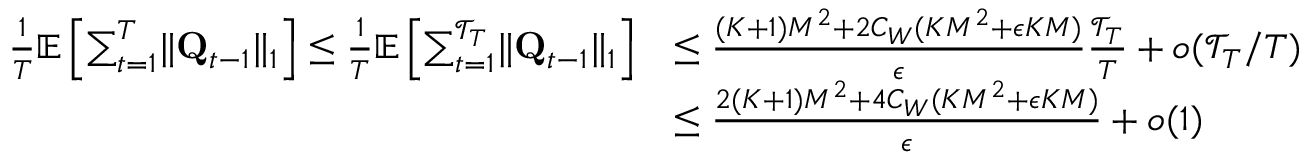
\begin{array} { r l } { \frac 1 T \mathbb E \left[ \sum _ { t = 1 } ^ { T } \lVert \mathbf Q _ { t - 1 } \rVert _ { 1 } \right] \le \frac 1 T \mathbb E \left[ \sum _ { t = 1 } ^ { \mathcal T _ { T } } \lVert \mathbf Q _ { t - 1 } \rVert _ { 1 } \right] } & { \le \frac { ( K + 1 ) M ^ { 2 } + 2 C _ { W } ( K M ^ { 2 } + \epsilon K M ) } \epsilon \frac { \mathcal T _ { T } } T + o ( \mathcal T _ { T } / T ) } \\ & { \le \frac { 2 ( K + 1 ) M ^ { 2 } + 4 C _ { W } ( K M ^ { 2 } + \epsilon K M ) } \epsilon + o ( 1 ) } \end{array}